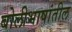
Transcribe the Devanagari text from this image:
बोलीभाषांतील